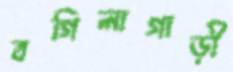
বগিলাগাড়ী